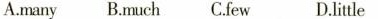
A.many B.much C.few D.little